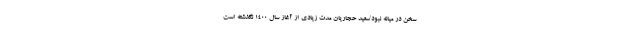
سخن در میانه نبود/سعید حجاریان مدت زیادی از آغاز سال ۱۴۰۰ نگذشته است